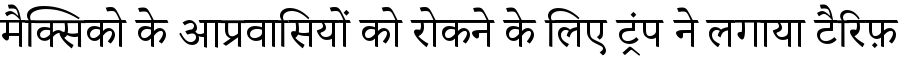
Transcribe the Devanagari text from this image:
मैक्सिको के आप्रवासियों को रोकने के लिए ट्रंप ने लगाया टैरिफ़